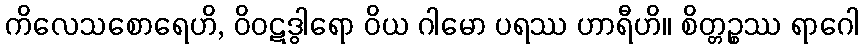
ကိလေသစောရေဟိ, ဝိဝဋဒွါရော ဝိယ ဂါမော ပရဿ ဟာရီဟိ။ စိတ္တဉ္စဿ ရာဂေါ